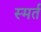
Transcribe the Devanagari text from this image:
स्मर्त